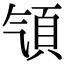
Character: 𩑡